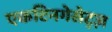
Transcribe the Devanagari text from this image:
एकटिनगेसेट्ज़